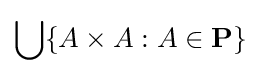
\bigcup \{A\times A:A\in \mathbf {P} \}